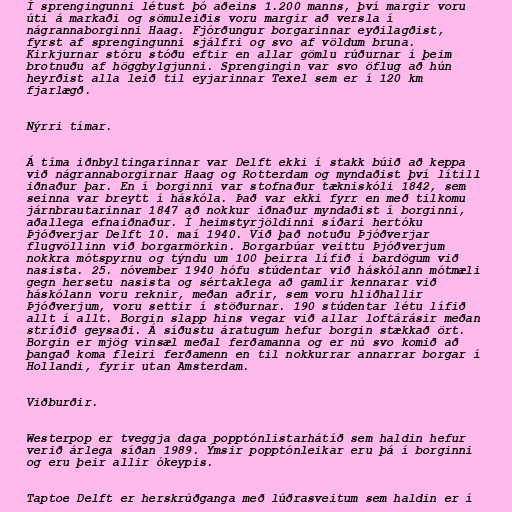
Í sprengingunni létust þó aðeins 1.200 manns, því margir voru
úti á markaði og sömuleiðis voru margir að versla í
nágrannaborginni Haag. Fjórðungur borgarinnar eyðilagðist,
fyrst af sprengingunni sjálfri og svo af völdum bruna.
Kirkjurnar stóru stóðu eftir en allar gömlu rúðurnar í þeim
brotnuðu af höggbylgjunni. Sprengingin var svo öflug að hún
heyrðist alla leið til eyjarinnar Texel sem er í 120 km
fjarlægð.

Nýrri tímar.

Á tíma iðnbyltingarinnar var Delft ekki í stakk búið að keppa
við nágrannaborgirnar Haag og Rotterdam og myndaðist því lítill
iðnaður þar. En í borginni var stofnaður tækniskóli 1842, sem
seinna var breytt í háskóla. Það var ekki fyrr en með tilkomu
járnbrautarinnar 1847 að nokkur iðnaður myndaðist í borginni,
aðallega efnaiðnaður. Í heimstyrjöldinni síðari hertóku
Þjóðverjar Delft 10. maí 1940. Við það notuðu Þjóðverjar
flugvöllinn við borgarmörkin. Borgarbúar veittu Þjóðverjum
nokkra mótspyrnu og týndu um 100 þeirra lífið í bardögum við
nasista. 25. nóvember 1940 hófu stúdentar við háskólann mótmæli
gegn hersetu nasista og sértaklega að gamlir kennarar við
háskólann voru reknir, meðan aðrir, sem voru hliðhallir
Þjóðverjum, voru settir í stöðurnar. 190 stúdentar létu lífið
allt í allt. Borgin slapp hins vegar við allar loftárásir meðan
stríðið geysaði. Á síðustu áratugum hefur borgin stækkað ört.
Borgin er mjög vinsæl meðal ferðamanna og er nú svo komið að
þangað koma fleiri ferðamenn en til nokkurrar annarrar borgar í
Hollandi, fyrir utan Amsterdam.

Viðburðir.

Westerpop er tveggja daga popptónlistarhátíð sem haldin hefur
verið árlega síðan 1989. Ýmsir popptónleikar eru þá í borginni
og eru þeir allir ókeypis.

Taptoe Delft er herskrúðganga með lúðrasveitum sem haldin er í